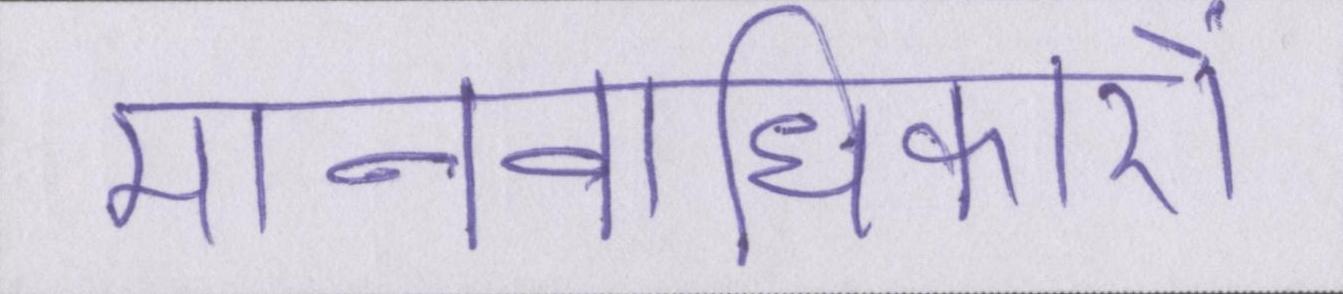
मानवाधिकारों